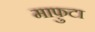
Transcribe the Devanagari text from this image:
माफ़ुटा